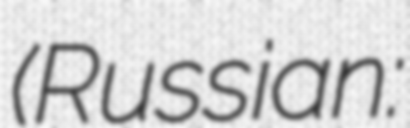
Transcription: (Russian: